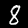
Label: 8